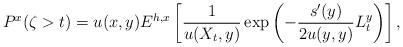
LaTeX: \begin{align*}P^x(\zeta>t)= u(x,y)E^{h,x}\left[\frac{1}{u(X_t,y)}\exp\left(-\frac{s'(y)}{2u(y,y)}L^y_t\right)\right],\end{align*}